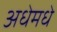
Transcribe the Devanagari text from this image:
अधेमधे